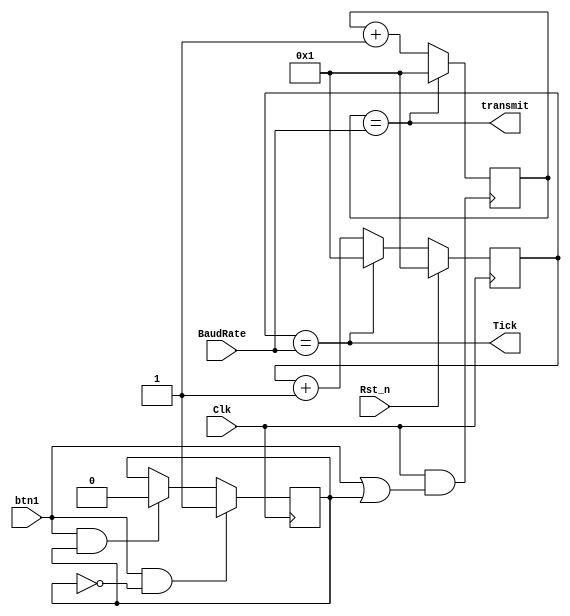
/*baudrate'imizin 9600 olduunu var sayarsak. Benim FPGA Clock'un hz da 100Mhz. 
"TICKS" in UART sinyalinin frekansnn 16 kez gelmesini istiyorsak
9600 Hz'nin 16 kat frekansa ihtiyacmz var. 
The width of the UART signal is 1/9600 equal to 104us. Esas Clock genilii  1 / 100Mhz'dir o da 10ns'ye eittir.
Yani (104000ns/16)/ 10ns = 650 pulse olur (Top Module de baudrate'i 650 yazmamz sebebi buydu.)
*/
module UART_BaudRate_generator(
    input Clk,
    input Rst_n,
    output Tick,
    input [15:0]BaudRate,
    output transmit,
    input btn1
    );

reg [15:0] baudRateReg;
reg [15:0] count; 
reg ff1=1'b0;
wire ff2;

always @ (posedge Clk)
begin
if(btn1 & !ff1)
ff1 <= 1'b1;
else if(btn1 & ff1)
ff1 <= 1'b0;
end

assign ff2 = (btn1 || ff1);

always @(posedge Clk)
    if (Rst_n) baudRateReg <= 16'b1;
    else if (Tick) baudRateReg <= 16'b1;
         else baudRateReg <= baudRateReg + 1'b1;
assign Tick = (baudRateReg == BaudRate);

always @(posedge Clk & ff2)
begin
if (transmit) 
count <= 16'b1;
else 
count <= count + 1'b1;
end

assign transmit = (count == BaudRate);
endmodule